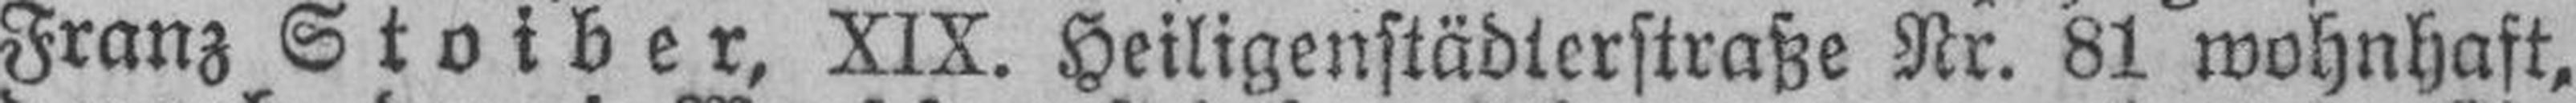
Franz Stoiber, XIX. Heiligenstädterstraße Nr. 81 wohnhaft,